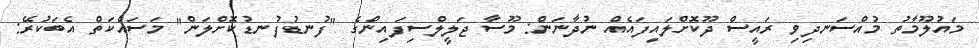
މައުލޫމާތު މުއްސަނދިވި ރައީސް ދޫކޮށްލައިފައެއް ނުދާނަން: މޫސާ ޖަލީލްސިފައިންގެ "ފުނޑުފުނޑުކޮށްލަން" މަސައްކަތް އެބަކުރޭ: